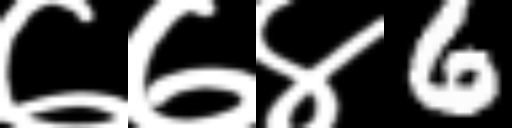
Text: ७७४6